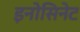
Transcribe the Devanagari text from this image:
इनोसिनेट